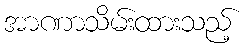
အာဏာသိမ်းထားသည့်